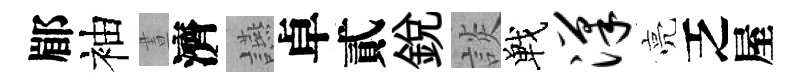
郿袖晝濟讌卓貳銳談戰汉亮乏屋